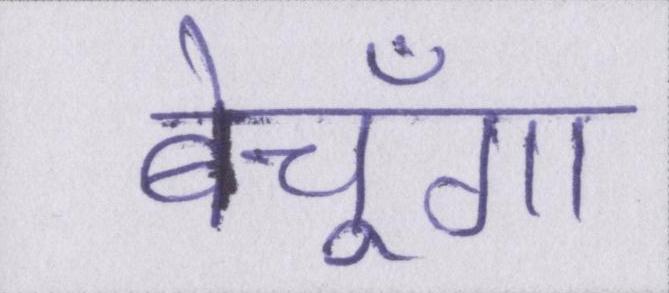
बेचूँगा